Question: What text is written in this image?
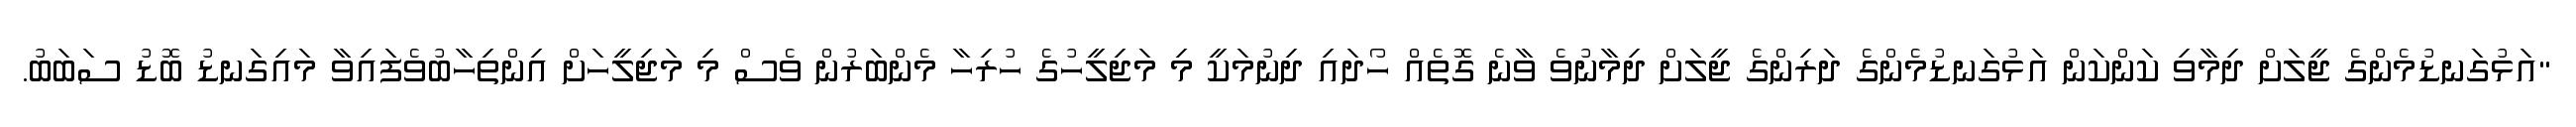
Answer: "އަޅުގަނޑުމެންގެ ޖީލަށް ދިމާވި ކަންކަން އަޅުގަނޑުމެންގެ ދަރިންގެ ޖީލަށް ދިމާނުވެ ވާނެ ގޮތެއް ހޯދައި ދިނުމަކީ މި މަޖިލީހުގެ ހުރިހާ މެންބަރުން ވެސް މި މަޖިލީހަށް އިންތިހާބުވެފައިވާ މައިގަނޑު ބޮޑު ސަބަބު.